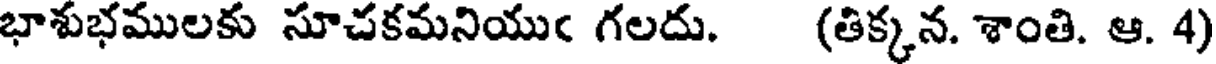
భాశుభములకు సూచకమనియుఁ గలదు. (తిక్కన. శాంతి. ఆ. 4)